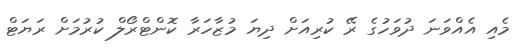
މެއި އެއްވަނަ ދުވަހުގެ ރޭ ކުރިއަށް ދިޔަ މުޒާހަރާ ކޮންޓްރޯލް ކުރުމަށް ރަޔަޓް